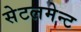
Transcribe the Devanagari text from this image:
सेटलमेन्ट